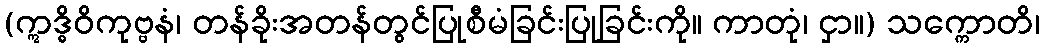
(ဣဒ္ဓိဝိကုဗ္ဗနံ၊ တန်ခိုးအတန်တွင်ပြုစီမံခြင်းပြုခြင်းကို။ ကာတုံ၊ ငှာ။) သက္ကောတိ၊